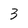
Character: 3